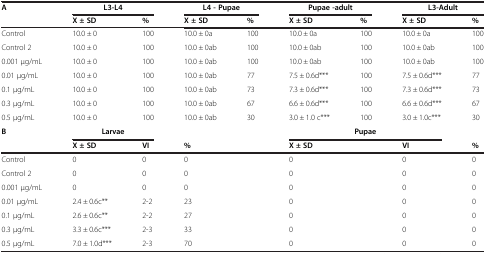
<table><thead><tr><td rowspan="2"><b>A</b></td><td colspan="2"><b>L3-L4</b></td><td colspan="2"><b>L4 - Pupae</b></td><td colspan="2"><b>Pupae -adult</b></td><td colspan="2"><b>L3-Adult</b></td></tr><tr><td><b>X ± SD</b></td><td><b>%</b></td><td><b>X ± SD</b></td><td><b>%</b></td><td><b>X ± SD</b></td><td><b>%</b></td><td><b>X ± SD</b></td><td><b>%</b></td></tr></thead><tbody><tr><td>Control</td><td>10.0 ± 0</td><td>100</td><td>10.0 ± 0a</td><td>100</td><td>10.0 ± 0a</td><td>100</td><td>10.0 ± 0a</td><td>100</td></tr><tr><td>Control 2</td><td>10.0 ± 0</td><td>100</td><td>10.0 ± 0ab</td><td>100</td><td>10.0 ± 0ab</td><td>100</td><td>10.0 ± 0ab</td><td>100</td></tr><tr><td>0.001 μg/mL</td><td>10.0 ± 0</td><td>100</td><td>10.0 ± 0ab</td><td>100</td><td>10.0 ± 0ab</td><td>100</td><td>10.0 ± 0ab</td><td>100</td></tr><tr><td>0.01 μg/mL</td><td>10.0 ± 0</td><td>100</td><td>10.0 ± 0ab</td><td>77</td><td>7.5 ± 0.6d***</td><td>100</td><td>7.5 ± 0.6d***</td><td>77</td></tr><tr><td>0.1 μg/mL</td><td>10.0 ± 0</td><td>100</td><td>10.0 ± 0ab</td><td>73</td><td>7.3 ± 0.6d***</td><td>100</td><td>7.3 ± 0.6d***</td><td>73</td></tr><tr><td>0.3 μg/mL</td><td>10.0 ± 0</td><td>100</td><td>10.0 ± 0ab</td><td>67</td><td>6.6 ± 0.6d***</td><td>100</td><td>6.6 ± 0.6d***</td><td>67</td></tr><tr><td>0.5 μg/mL</td><td>10.0 ± 0</td><td>100</td><td>10.0 ± 0ab</td><td>30</td><td>3.0 ± 1.0 c***</td><td>100</td><td>3.0 ± 1.0c***</td><td>30</td></tr><tr><td rowspan="2"><b>B</b></td><td colspan="2"><b>Larvae</b></td><td colspan="2"> </td><td colspan="3"><b>Pupae</b></td><td> </td></tr><tr><td><b>X ± SD</b></td><td><b>VI</b></td><td colspan="2"><b>%</b></td><td colspan="2"><b>X ± SD</b></td><td><b>VI</b></td><td><b>%</b></td></tr><tr><td>Control</td><td>0</td><td>0</td><td colspan="2">0</td><td colspan="2">0</td><td>0</td><td>0</td></tr><tr><td>Control 2</td><td>0</td><td>0</td><td colspan="2">0</td><td colspan="2">0</td><td>0</td><td>0</td></tr><tr><td>0.001 μg/mL</td><td>0</td><td>0</td><td colspan="2">0</td><td colspan="2">0</td><td>0</td><td>0</td></tr><tr><td>0.01 μg/mL</td><td>2.4 ± 0.6c**</td><td>2-2</td><td colspan="2">23</td><td colspan="2">0</td><td>0</td><td>0</td></tr><tr><td>0.1 μg/mL</td><td>2.6 ± 0.6c**</td><td>2-2</td><td colspan="2">27</td><td colspan="2">0</td><td>0</td><td>0</td></tr><tr><td>0.3 μg/mL</td><td>3.3 ± 0.6c***</td><td>2-3</td><td colspan="2">33</td><td colspan="2">0</td><td>0</td><td>0</td></tr><tr><td>0.5 μg/mL</td><td>7.0 ± 1.0d***</td><td>2-3</td><td colspan="2">70</td><td colspan="2">0</td><td>0</td><td>0</td></tr></tbody></table>